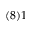
( 8 ) 1